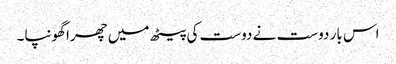
اس بار دوست نے دوست کی پیٹھ میں چھرا گھونپا۔